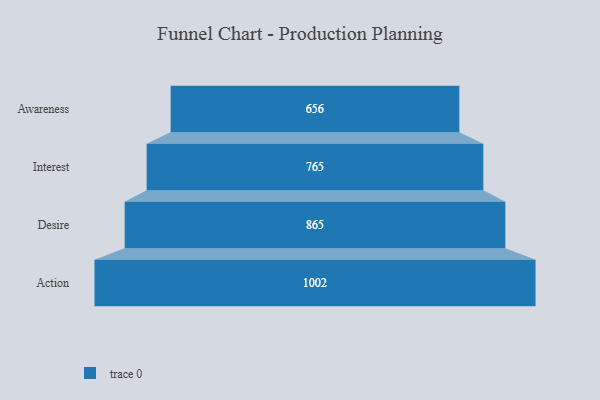
{"axis": {"x": "Stage", "y": "Value"}, "legend": [""], "data": [{"x": "Awareness", "y": 656.0, "type": ""}, {"x": "Interest", "y": 765.0, "type": ""}, {"x": "Desire", "y": 865.0, "type": ""}, {"x": "Action", "y": 1002.0, "type": ""}]}